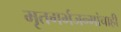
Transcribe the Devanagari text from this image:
मृतगर्भजन्मांचाही